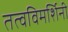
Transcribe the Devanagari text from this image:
तत्वविमर्शिनी